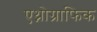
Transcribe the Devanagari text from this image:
एथ्नोग्राफिक